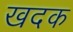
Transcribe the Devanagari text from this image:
खदक